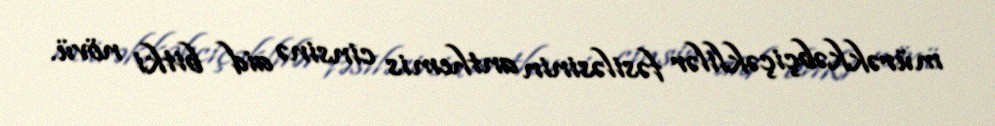
mürəkkəbçiçəklilər fəsiləsinin anthemis cinsinə aid bitki növü.